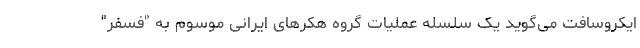
ایکروسافت می‌گوید یک سلسله عملیات گروه هکرهای ایرانی موسوم به "فسفر"